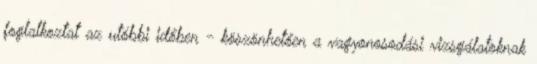
foglalkoztat az utóbbi időben - köszönhetően a vagyonosodási vizsgálatoknak